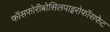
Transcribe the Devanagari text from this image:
फॉसफोरीबोसिलपाइरोफॉसफेट